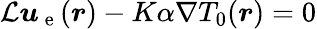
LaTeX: \mathcal{L}\boldsymbol{u}_{\mathrm{~e~}}(\boldsymbol{r})-K\alpha\nabla T_{0}(\boldsymbol{r})=0